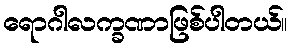
ရောဂါလက္ခဏာဖြစ်ပါတယ်။